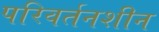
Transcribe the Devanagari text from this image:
परिवर्तनशीन